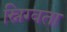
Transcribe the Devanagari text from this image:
स्निग्वता